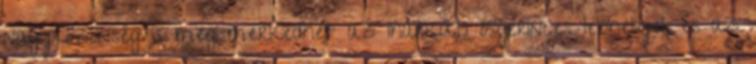
nagyközönség is megismerkedhet az iharkúti ősgerinces lelőhellyel, és az